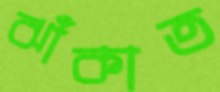
ঝাঁকাত